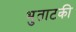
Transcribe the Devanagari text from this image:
भुताटकी